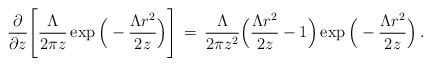
LaTeX: \begin{align*}\frac{\partial}{\partial z}\Bigg[\frac{\Lambda}{2\pi z}\exp\Big(-\frac{\Lambda r^2}{2z}\Big)\Bigg]\,=\,\frac{\Lambda}{2\pi z^2}\Big(\frac{\Lambda r^2}{2z}-1\Big)\exp\Big(-\frac{\Lambda r^2}{2z}\Big)\,.\end{align*}